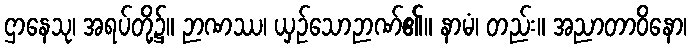
ဌာနေသု၊ အရပ်တို့၌။ ဉာဏဿ၊ ယှဉ်သောဉာဏ်၏။ နာမံ၊ တည်း။ အညာတာဝိနော၊